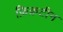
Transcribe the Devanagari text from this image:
फ़िक्रटीन